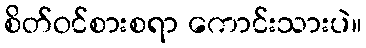
စိတ်ဝင်စားစရာ ကောင်းသားပဲ။